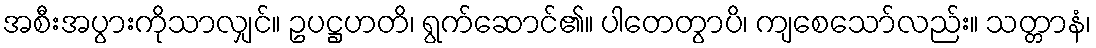
အစီးအပွားကိုသာလျှင်။ ဥပဋ္ဌဟတိ၊ ရွက်ဆောင်၏။ ပါတေတွာပိ၊ ကျစေသော်လည်း။ သတ္တာနံ၊